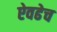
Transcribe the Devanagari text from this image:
ऐवढेच